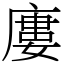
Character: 廔